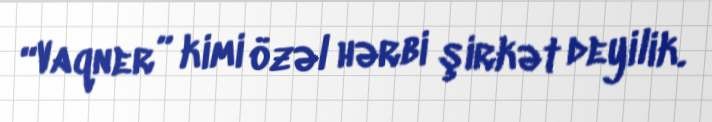
“Vaqner” kimi özəl hərbi şirkət deyilik.